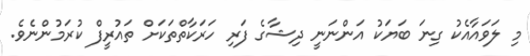
މި ލަވައާއެކު ގިނަ ބަޔަކު އަންނަނީ ދިޝާގެ ފަރި ހަރަކާތްތަކަށް ތައުރީފް ކުރަމުންނެވެ.